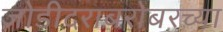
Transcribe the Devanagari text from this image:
जोडीदराबरोबरच्या